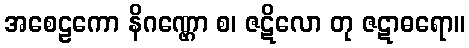
အစေဠကော နိဂဏ္ဌော စ၊ ဇဋိလော တု ဇဋာဓရော။